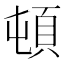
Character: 頓